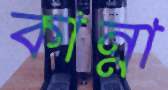
কান্না